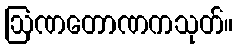
ဩဏတောဏကသုတ်။